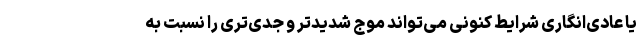
یا عادی‌انگاری شرایط کنونی می‌تواند موج شدیدتر و جدی‌تری را نسبت به